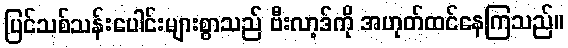
ပြင်သစ်သန်းပေါင်းများစွာသည် ဗီးလာ့ဒ်ကို အဟုတ်ထင်နေကြသည်။